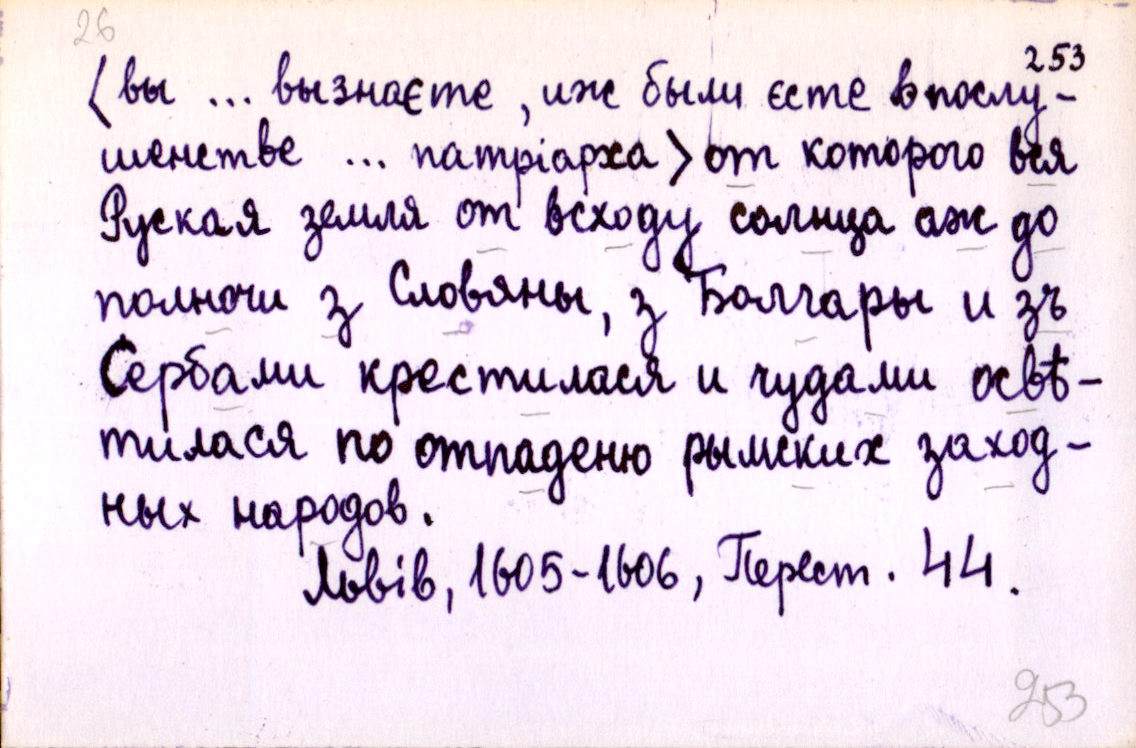
⟨вы … вызнаєте, иж были єсте в послу-
шенстве … патріарха⟩ от которого вся
Руская земля от всходу солнца аж до
полночи з Словяны, з Болгары и зъ
Сербами крестилася и чудами освѣ-
тилася по отпаденю рымских заход-
ных народов.
Львів, 1605-1606, Перест. 44.